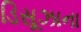
ડિસૂઝાના